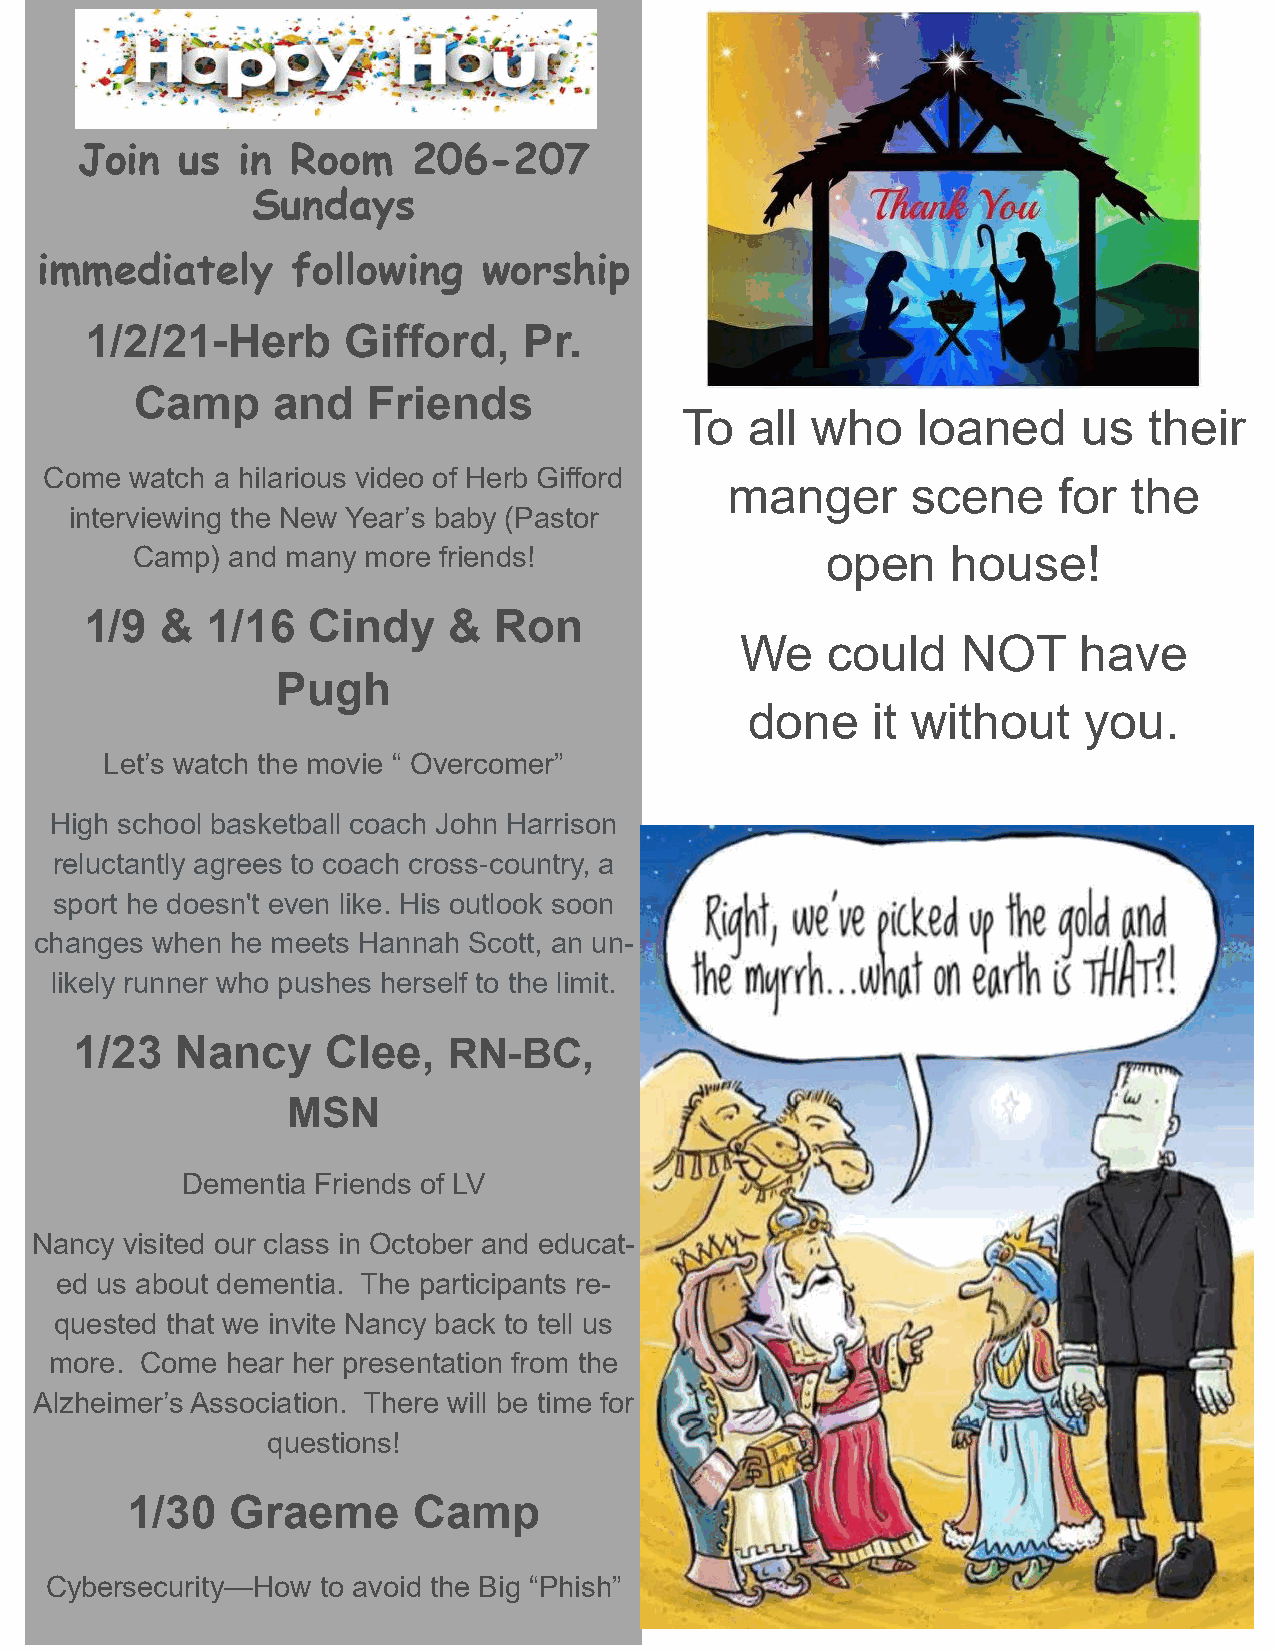
Join   us  in Room    206-207
 Sundays
 immediately      following    worship
 1/2/21-Herb      Gifford,    Pr.
 Camp     and   Friends
 To   all who    loaned     us  their
 Come  watch a hilarious video of Herb Gifford
 manger      scene     for  the
 interviewing the New Year’s baby (Pastor
 Camp) and many more friends!                  open    house!
 1/9  &  1/16  Cindy     &  Ron
 We    could    NOT    have
 Pugh
 done    it without    you.
 Let’s watch the movie “ Overcomer”
 High school basketball coach John Harrison
 reluctantly agrees to coach cross-country, a
 sport he doesn't even like. His outlook soon
 changes when he meets Hannah Scott, an un-
 likely runner who pushes herself to the limit.
 1/23   Nancy     Clee,   RN-BC,
 MSN
 Dementia Friends of LV
 Nancy visited our class in October and educat-
 ed us about dementia. The participants re-
 quested that we invite Nancy back to tell us
 more. Come  hear her presentation from the
 Alzheimer’s Association. There will be time for
 questions!
 1/30   Graeme      Camp
 4
 Cybersecurity—How to avoid the Big “Phish”